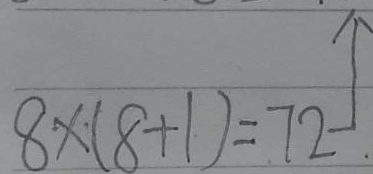
8 \times ( 8 + 1 ) = 7 2